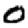
Digit: 0